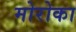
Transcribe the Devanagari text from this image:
मोरोका